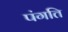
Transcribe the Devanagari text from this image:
पंगति